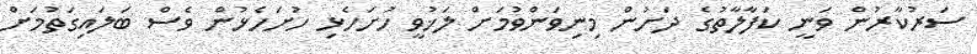
ސަރުކާރުން ވަނީ ކަފާލާތުގެ ދަށުން މިނިވަންވުމަށް ލަޚުވީ ހުށަހެޅި ހުށަހެޅުން ވެސް ބަލައިގަތުމަށް